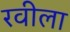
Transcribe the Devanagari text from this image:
रवीला